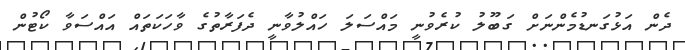
ދެން އަޅުގަނޑުމެންނަށް ގަބޫލު ކުރެވުނީ މައްސަލަ ހައްލުވާނީ ދެފަރާތުގެ ވާހަކަތައް އައްސަވާ ކޯޓުން